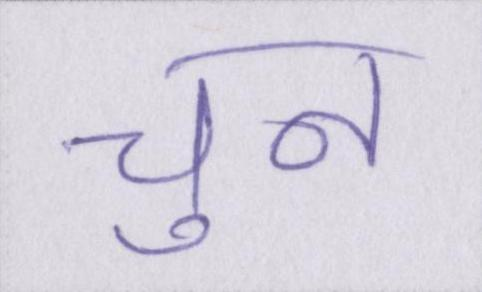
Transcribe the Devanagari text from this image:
चुन